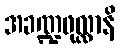
အခဏ္ဍဖုလ္လာနိ